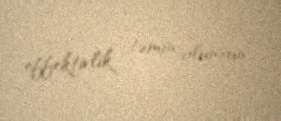
effektivlik təmin olunsun”.